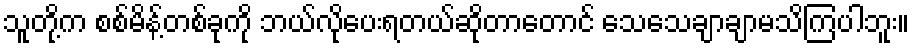
သူတို့က စစ်မိန့်တစ်ခုကို ဘယ်လိုပေးရတယ်ဆိုတာတောင် သေသေချာချာမသိကြပါဘူး။